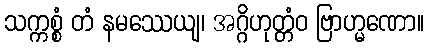
သက္ကစ္စံ တံ နမဿေယျ၊ အဂ္ဂိဟုတ္တံဝ ဗြာဟ္မဏော။